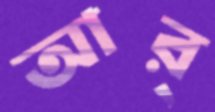
আর্